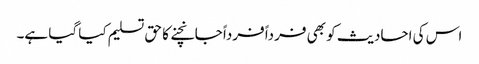
اس کی احادیث کو بھی فرداً فرداً جانچنے کا حق تسلیم کیا گیا ہے۔